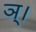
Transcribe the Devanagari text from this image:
ञ्।